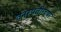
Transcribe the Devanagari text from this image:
वनस्पतीन्च्या